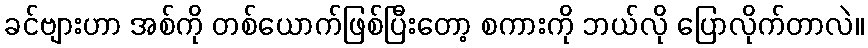
ခင်ဗျားဟာ အစ်ကို တစ်ယောက်ဖြစ်ပြီးတော့ စကားကို ဘယ်လို ပြောလိုက်တာလဲ။